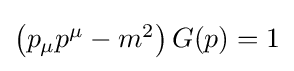
{\textstyle \left(p_{\mu }p^{\mu }-m^{2}\right)G(p)=1}